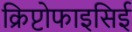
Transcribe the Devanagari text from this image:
क्रिप्टोफाइसिई